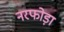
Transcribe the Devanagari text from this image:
नरफोड़ा